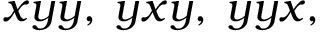
x y y , \; y x y , \; y y x ,